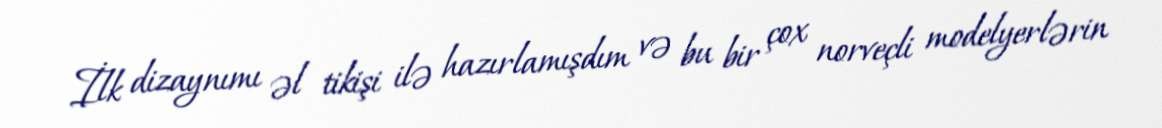
İlk dizaynımı əl tikişi ilə hazırlamışdım və bu bir çox norveçli modelyerlərin